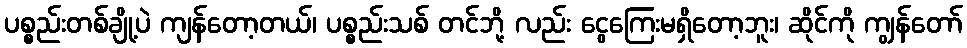
ပစ္စည်းတစ်ချို့ပဲ ကျန်တော့တယ်၊ ပစ္စည်းသစ် တင်ဘို့ လည်း ငွေကြေးမရှိတော့ဘူး၊ ဆိုင်ကို ကျွန်တော်